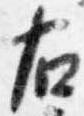
右